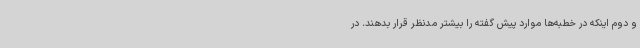
و دوم اینکه در خطبه‌ها موارد پیش گفته را بیشتر مدنظر قرار بدهند. در